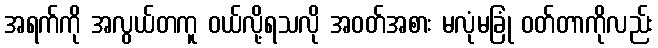
အရက်ကို အလွယ်တကူ ဝယ်လို့ရသလို အဝတ်အစား မလုံမခြုံ ဝတ်တာကိုလည်း